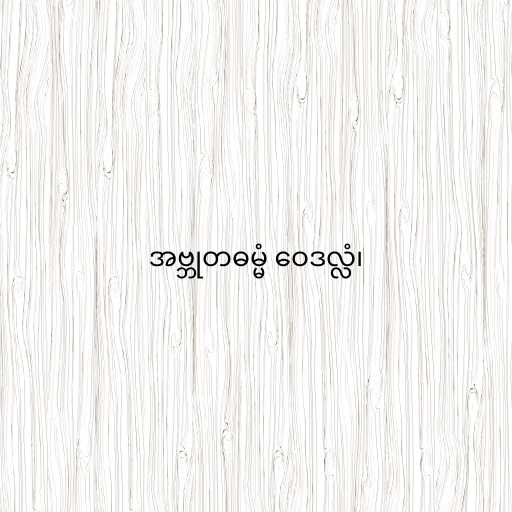
အဗ္ဘုတဓမ္မံ ဝေဒလ္လံ၊